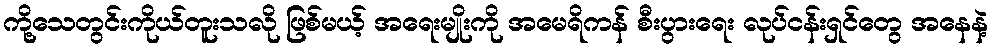
ကို့သေတွင်းကိုယ်တူးသလို ဖြစ်မယ့် အရေးမျိုးကို အမေရိကန် စီးပွားရေး လုပ်ငန်းရှင်တွေ အနေနဲ့